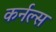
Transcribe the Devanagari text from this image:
कर्नल्‍स